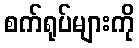
စက်ရုပ်များကို